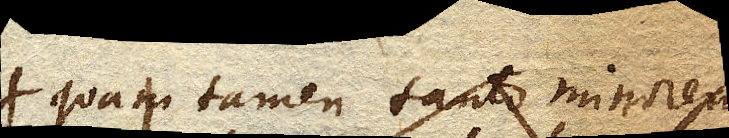
quam tamen tanto minorem